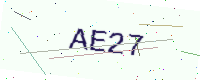
Text: AE27